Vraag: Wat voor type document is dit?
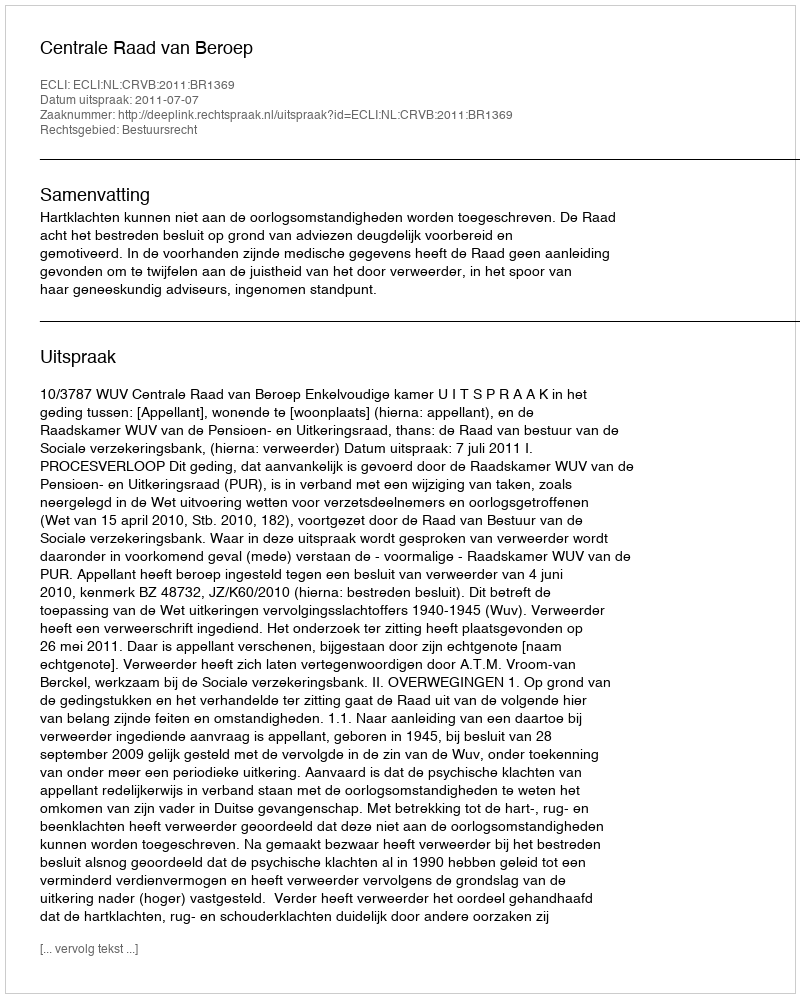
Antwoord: Uitspraak